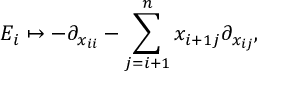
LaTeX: E _ { i } \mapsto - \partial _ { x _ { i i } } - \sum _ { j = i + 1 } ^ { n } x _ { i + 1 j } \partial _ { x _ { i j } } ,